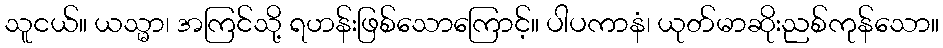
သူငယ်။ ယသ္မာ၊ အကြင်သို့ ရဟန်းဖြစ်သောကြောင့်။ ပါပကာနံ၊ ယုတ်မာဆိုးညစ်ကုန်သော။